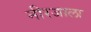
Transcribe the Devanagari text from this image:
नीरजाला